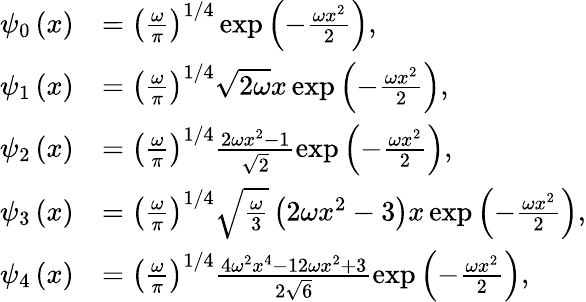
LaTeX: \begin{array}{rl}{\psi_{0}\left(x\right)}&{=\left(\frac{\omega}{\pi}\right)^{1/4}\exp\left(-\frac{\omega x^{2}}{2}\right),}\\ {\psi_{1}\left(x\right)}&{=\left(\frac{\omega}{\pi}\right)^{1/4}\sqrt{2\omega}x\exp\left(-\frac{\omega x^{2}}{2}\right),}\\ {\psi_{2}\left(x\right)}&{=\left(\frac{\omega}{\pi}\right)^{1/4}\frac{2\omega x^{2}-1}{\sqrt{2}}\exp\left(-\frac{\omega x^{2}}{2}\right),}\\ {\psi_{3}\left(x\right)}&{=\left(\frac{\omega}{\pi}\right)^{1/4}\sqrt{\frac{\omega}{3}}\left(2\omega x^{2}-3\right)x\exp\left(-\frac{\omega x^{2}}{2}\right),}\\ {\psi_{4}\left(x\right)}&{=\left(\frac{\omega}{\pi}\right)^{1/4}\frac{4\omega^{2}x^{4}-12\omega x^{2}+3}{2\sqrt{6}}\exp\left(-\frac{\omega x^{2}}{2}\right),}\end{array}